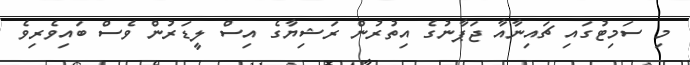
މި ސަމިޓުގައި ޗައިނާއާ ޖަޕާނުގެ އިތުރުން ރަޝިޔާގެ އިސް ލީޑަރުން ވެސް ބައިވެރިވެ